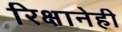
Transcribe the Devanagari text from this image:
रिक्षानेही